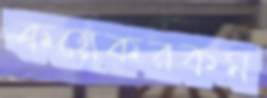
কয়েকরকম